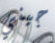
جيني